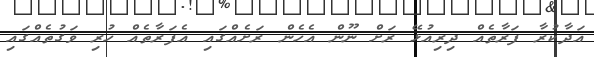
އަދާކުރާ ފަރާތެއް ދިރިއުޅޭ ރަށް ނޫން އެހެން ރަށެއްގައި އެފަރާތެއް ހުރި ވަގުތެއްގައި